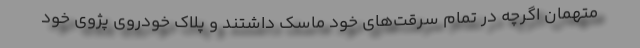
متهمان اگرچه در تمام سرقت‌های خود ماسک داشتند و پلاک خودروی پژوی خود